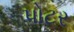
પોટર